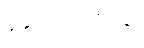
ပိုကောင်းတယ်